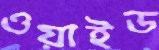
ওয়াইড